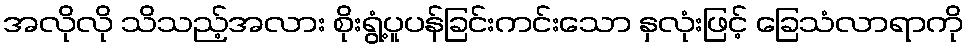
အလိုလို သိသည့်အလား စိုးရွံ့ပူပန်ခြင်းကင်းသော နှလုံးဖြင့် ခြေသံလာရာကို